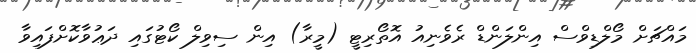
މައްޗަށް މޯލްޑިވްސް އިންލަންޑް ރެވެނިއު އޮތޯރިޓީ (މީރާ) އިން ސިވިލް ކޯޓުގައި ދަޢުވާކޮށްފައިވާ